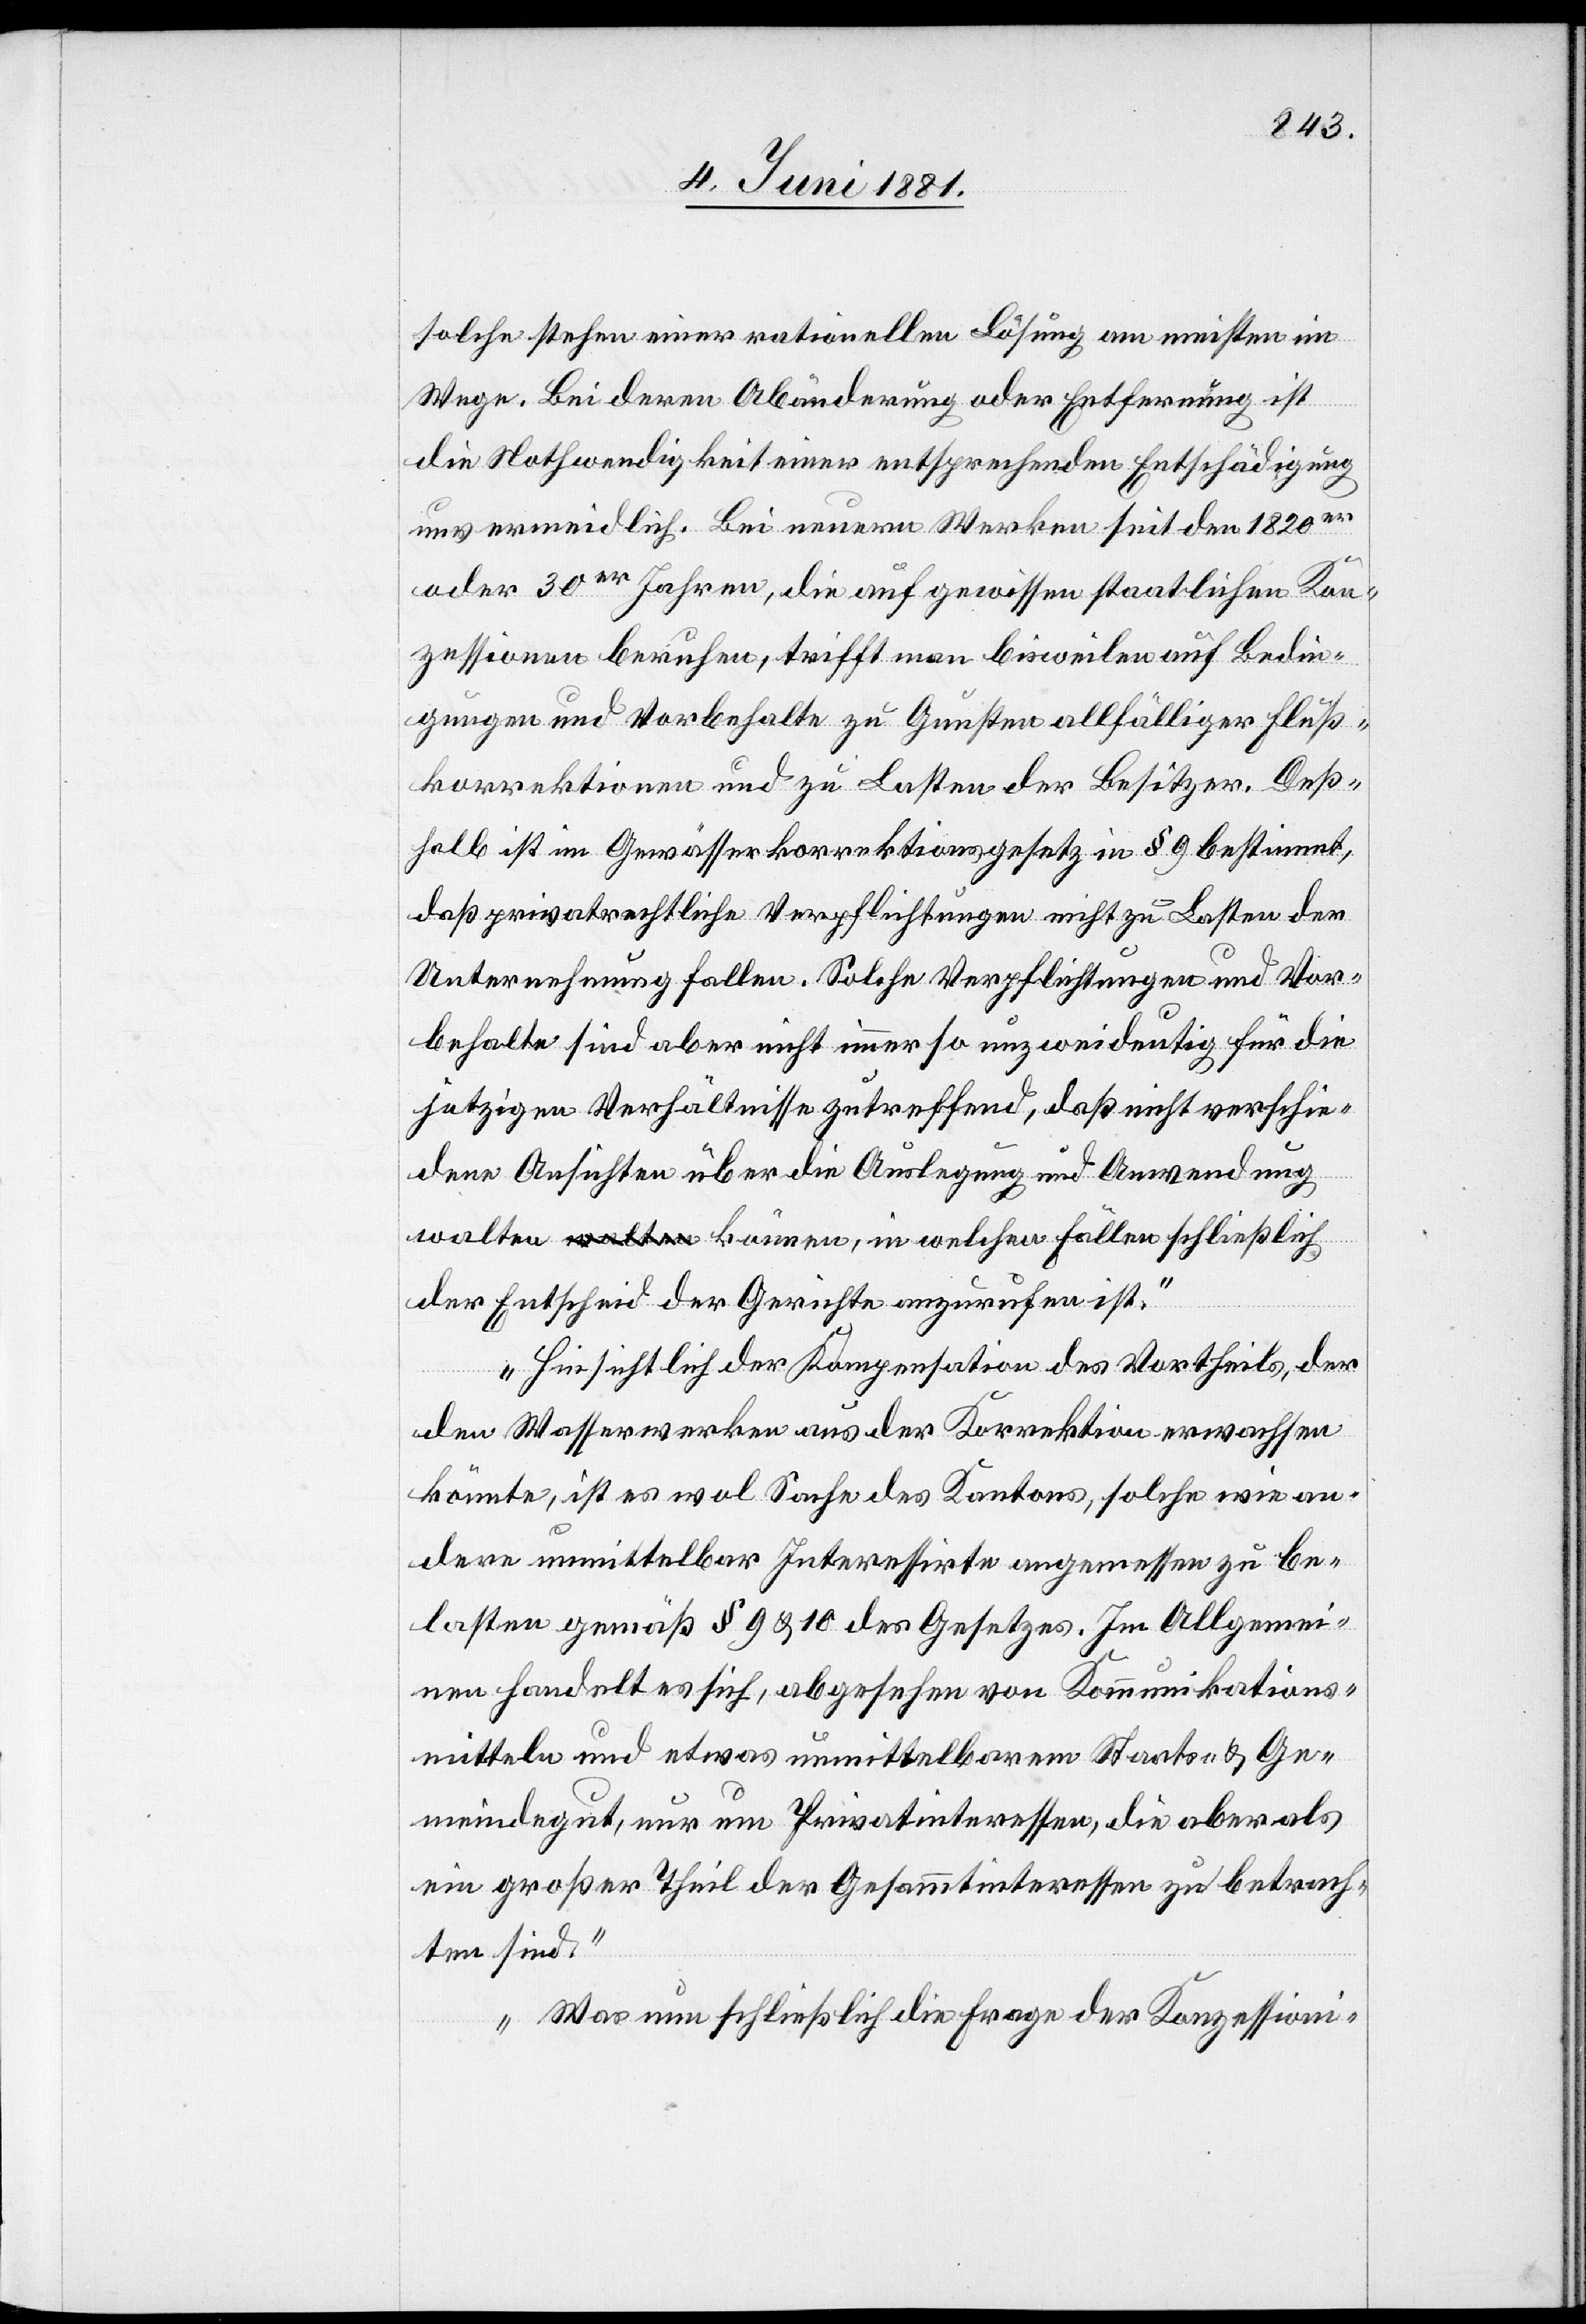
solche stehen einer rationellen Lösung am meisten im
Wege. Bei deren Abänderung oder Entfernung ist
die Nothwendigkeit einer entsprechenden Entschädigung
unvermeidlich. Bei neuern Werken seit den 1820er
oder 30er Jahren, die auf gewissen staatlichen Kon¬
zessionen beruhen, trifft man bisweilen auf Bedin¬
gungen und Vorbehalte zu Gunsten allfälliger Fluß¬
korrektionen und zu Lasten der Besitzer. Deß¬
halb ist im Gewässerkorrektionsgesetz in § 9 bestimmt,
daß privatrechtliche Verpflichtungen nicht zu Lasten der
Unternehmung fallen. Solche Verpflichtungen und Vor¬
behalte sind aber nicht immer so unzweideutig für die
jetzigen Verhältnisse zutreffend, daß nicht verschie¬
dene Ansichten über die Auslegung und Anwendung
walten können, in welchen Fällen schließlich
der Entscheid der Gerichte anzurufen ist.
Hinsichtlich der Kompensation des Vortheils, der
den Wasserwerken aus der Korrektion erwachsen
könnte, ist es wol Sache des Kantons, solche wie an¬
dere unmittelbar Interessierte angemessen zu be¬
lasten gemäß § 9 & 10 des Gesetzes. Im Allgemei¬
nen handelt es sich, abgesehen von Kommunikations¬
mitteln und etwas unmittelbarem Staats- & Ge¬
meindegut, nur um Privatinteressen die aber als
ein großer Theil der Gesammtinteressen zu betrach¬
ten sind.
Was nun schließlich die Frage der Konzessioni-